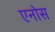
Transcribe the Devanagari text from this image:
एनोस